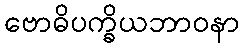
ဗောဓိပက္ခိယဘာဝနာ